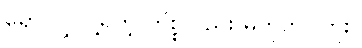
ရှောင်လွှဲလို့ရတဲ့ ကိစ္စလည်း မဟုတ်ပါဘူး။